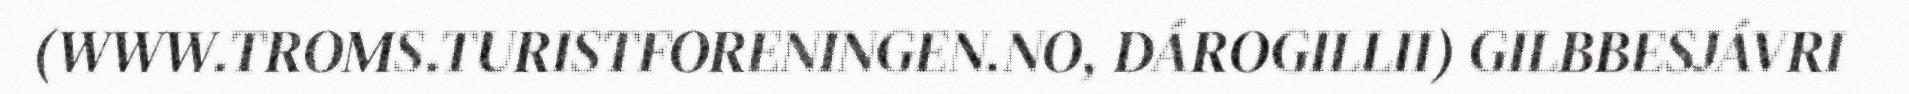
(WWW.TROMS.TURISTFORENINGEN.NO, DÁROGILLII) GILBBESJÁVRI